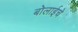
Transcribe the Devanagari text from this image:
बोलाईचे